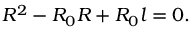
R ^ { 2 } - R _ { 0 } R + R _ { 0 } l = 0 .